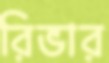
রিভার